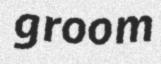
groom